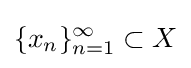
\{x_{n}\}_{n=1}^{\infty }\subset X